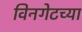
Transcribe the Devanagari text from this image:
विनगेटच्या